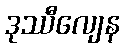
ဒုဿီလျေန